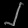
Digit: ၂